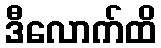
ဒီလောက်ထိ